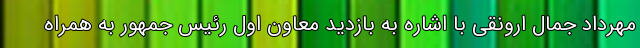
مهرداد جمال ارونقی با اشاره به بازدید معاون اول رئیس جمهور به همراه